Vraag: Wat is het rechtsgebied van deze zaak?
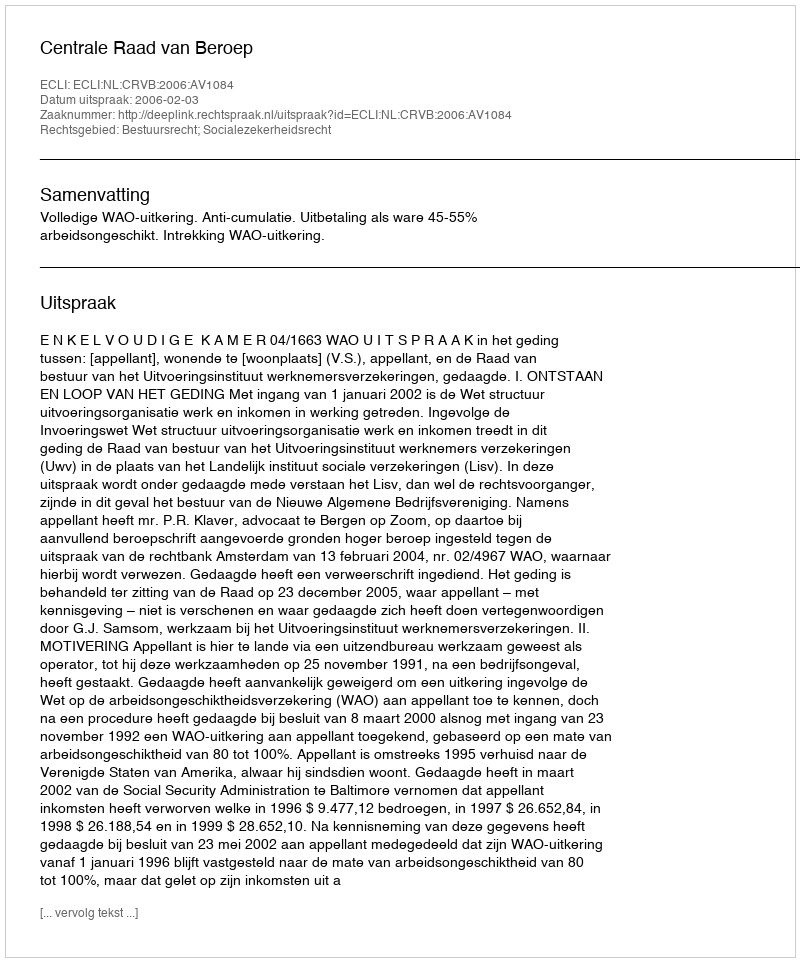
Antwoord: Bestuursrecht; Socialezekerheidsrecht